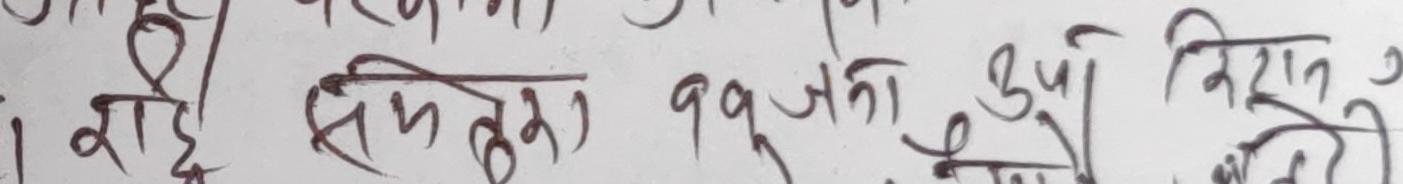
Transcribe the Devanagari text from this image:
राई समतुल ९९ जना उषा निरन